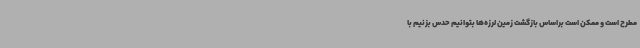
مطرح است و ممکن است براساس بازگشت زمین لرزه‌ها بتوانیم حدس بزنیم با